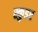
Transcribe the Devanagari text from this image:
स्कुडर